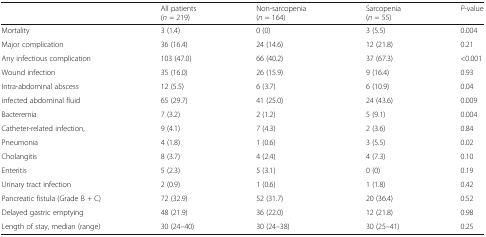
<table><thead><tr><td></td><td><b>All patients (<i>n</i> = 219)</b></td><td><b>Non-sarcopenia(<i>n</i> = 164)</b></td><td><b>Sarcopenia(<i>n</i> = 55)</b></td><td><b><i>P</i>-value</b></td></tr></thead><tbody><tr><td>Mortality</td><td>3 (1.4)</td><td>0 (0)</td><td>3 (5.5)</td><td>0.004</td></tr><tr><td>Major complication</td><td>36 (16.4)</td><td>24 (14.6)</td><td>12 (21.8)</td><td>0.21</td></tr><tr><td>Any infectious complication</td><td>103 (47.0)</td><td>66 (40.2)</td><td>37 (67.3)</td><td>&lt;0.001</td></tr><tr><td>Wound infection</td><td>35 (16.0)</td><td>26 (15.9)</td><td>9 (16.4)</td><td>0.93</td></tr><tr><td>Intra-abdominal abscess</td><td>12 (5.5)</td><td>6 (3.7)</td><td>6 (10.9)</td><td>0.04</td></tr><tr><td>infected abdominal fluid</td><td>65 (29.7)</td><td>41 (25.0)</td><td>24 (43.6)</td><td>0.009</td></tr><tr><td>Bacteremia</td><td>7 (3.2)</td><td>2 (1.2)</td><td>5 (9.1)</td><td>0.004</td></tr><tr><td>Catheter-related infection,</td><td>9 (4.1)</td><td>7 (4.3)</td><td>2 (3.6)</td><td>0.84</td></tr><tr><td>Pneumonia</td><td>4 (1.8)</td><td>1 (0.6)</td><td>3 (5.5)</td><td>0.02</td></tr><tr><td>Cholangitis</td><td>8 (3.7)</td><td>4 (2.4)</td><td>4 (7.3)</td><td>0.10</td></tr><tr><td>Enteritis</td><td>5 (2.3)</td><td>5 (3.1)</td><td>0 (0)</td><td>0.19</td></tr><tr><td>Urinary tract infection</td><td>2 (0.9)</td><td>1 (0.6)</td><td>1 (1.8)</td><td>0.42</td></tr><tr><td>Pancreatic fistula (Grade B + C)</td><td>72 (32.9)</td><td>52 (31.7)</td><td>20 (36.4)</td><td>0.52</td></tr><tr><td>Delayed gastric emptying</td><td>48 (21.9)</td><td>36 (22.0)</td><td>12 (21.8)</td><td>0.98</td></tr><tr><td>Length of stay, median (range)</td><td>30 (24–40)</td><td>30 (24–38)</td><td>30 (25–41)</td><td>0.25</td></tr></tbody></table>